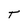
Character: t